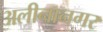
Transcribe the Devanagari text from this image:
अलीनानगर